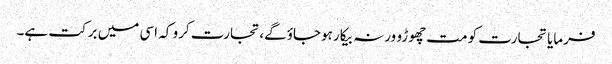
فرمایا تجارت کو مت چھوڑو ورنہ بیکار ہوجاؤگے،تجارت کرو کہ اسی میں برکت ہے۔